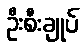
ဦးစီးချုပ်